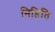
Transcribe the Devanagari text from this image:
निहिति